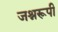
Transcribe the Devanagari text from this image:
जश्नरूपी